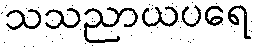
သသညာယပရေ